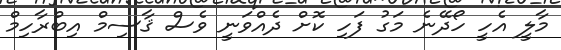
މާލީ އެހީ ހޯދޭނެ މަގު ފަހި ކޮށް ދެއްވަނީ ވެސް ޤާސިމް އިބްރާހިމް